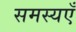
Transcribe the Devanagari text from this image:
समस्यएँ